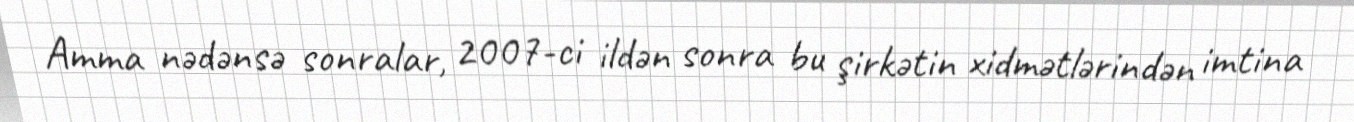
Amma nədənsə sonralar, 2007-ci ildən sonra bu şirkətin xidmətlərindən imtina